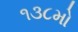
૧૩૮મો